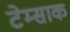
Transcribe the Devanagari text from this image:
टेम्साक